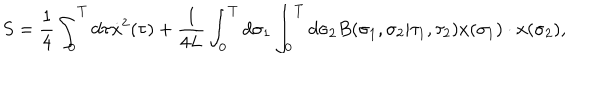
S = { \frac { 1 } { 4 } } \int _ { 0 } ^ { T } d \tau \dot { x } ^ { 2 } ( \tau ) + { \frac { 1 } { 4 L } } \int _ { 0 } ^ { T } d \sigma _ { 1 } \int _ { 0 } ^ { T } d \sigma _ { 2 } B ( \sigma _ { 1 } , \sigma _ { 2 } | \tau _ { 1 } , \tau _ { 2 } ) x ( \sigma _ { 1 } ) \cdot x ( \sigma _ { 2 } ) ,